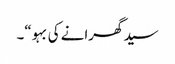
سید گھرانے کی بہو“۔